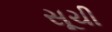
સૂચી